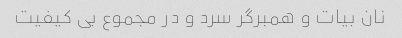
نان بیات و همبرگر سرد و در مجموع بی کیفیت